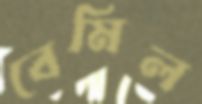
বেমিল